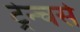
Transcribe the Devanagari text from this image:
ट्रेन्चर्स